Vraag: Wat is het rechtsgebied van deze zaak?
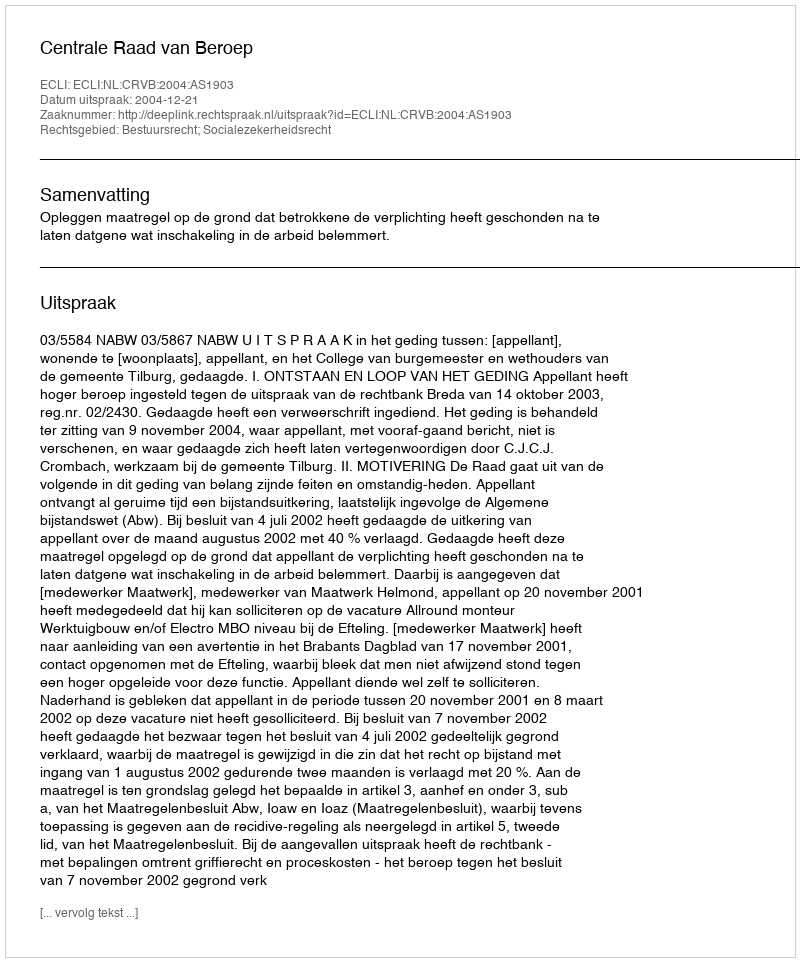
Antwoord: Bestuursrecht; Socialezekerheidsrecht